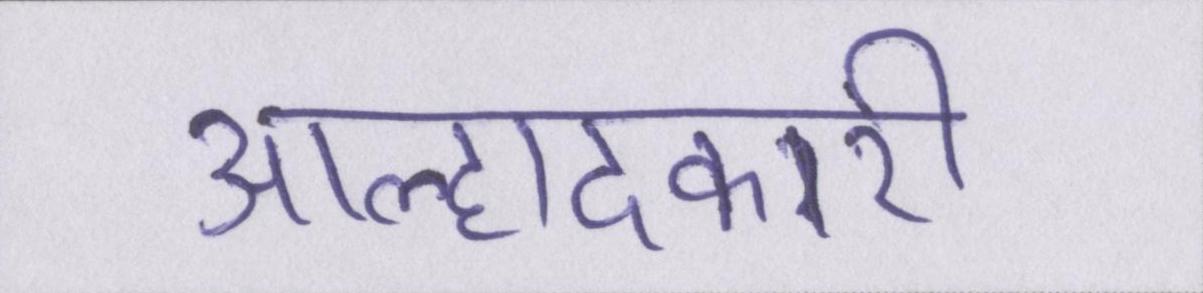
आह्लादकारी